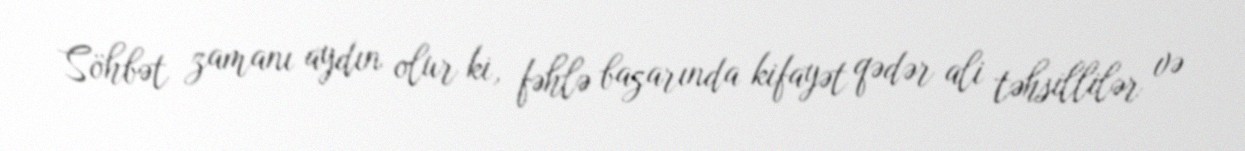
Söhbət zamanı aydın olur ki, fəhlə bazarında kifayət qədər ali təhsillilər və